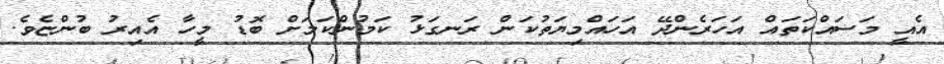
އެއީ މަސައްކަތައް އަހަރެންދޭ އަހައްމިޔަތުކަން ރަނގަޅު ކަމުންކަމަށް ބޮޑު މީހާ އެއިރު ބުންޏެވެ.